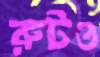
রুটও